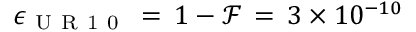
\epsilon _ { \mathrm { ~ U ~ R ~ 1 ~ 0 ~ } } \, = \, 1 - \mathcal { F } \, = \, 3 \times 1 0 ^ { - 1 0 }